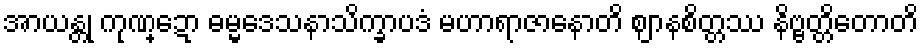
အာယန္တု ကုဏ္ဍော ဓမ္မဒေသနာသိက္ခာပဒံ မဟာရာဇာနောတိ ဈာနစိတ္တဿ နိဗ္ဗတ္တိတောတိ